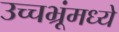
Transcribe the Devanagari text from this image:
उच्चभ्रूंमध्ये